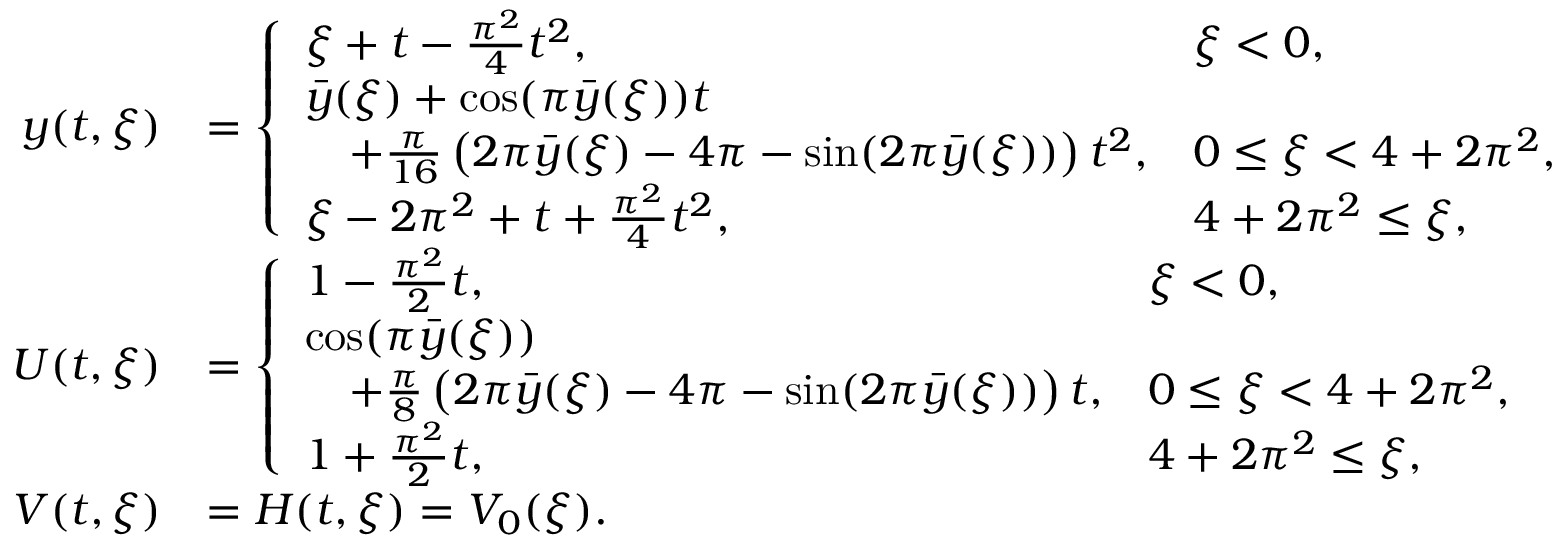
\begin{array} { r l } { y ( t , \xi ) } & { = \left\{ \begin{array} { l l } { \xi + t - \frac { \pi ^ { 2 } } { 4 } t ^ { 2 } , } & { \xi < 0 , } \\ { \bar { y } ( \xi ) + \cos ( \pi \bar { y } ( \xi ) ) t } \\ { \quad + \frac { \pi } { 1 6 } \left( 2 \pi \bar { y } ( \xi ) - 4 \pi - \sin ( 2 \pi \bar { y } ( \xi ) ) \right) t ^ { 2 } , } & { 0 \leq \xi < 4 + 2 \pi ^ { 2 } , } \\ { \xi - 2 \pi ^ { 2 } + t + \frac { \pi ^ { 2 } } { 4 } t ^ { 2 } , } & { 4 + 2 \pi ^ { 2 } \leq \xi , } \end{array} \right. } \\ { U ( t , \xi ) } & { = \left\{ \begin{array} { l l } { 1 - \frac { \pi ^ { 2 } } { 2 } t , } & { \xi < 0 , } \\ { \cos ( \pi \bar { y } ( \xi ) ) } \\ { \quad + \frac { \pi } { 8 } \left( 2 \pi \bar { y } ( \xi ) - 4 \pi - \sin ( 2 \pi \bar { y } ( \xi ) ) \right) t , } & { 0 \leq \xi < 4 + 2 \pi ^ { 2 } , } \\ { 1 + \frac { \pi ^ { 2 } } { 2 } t , } & { 4 + 2 \pi ^ { 2 } \leq \xi , } \end{array} \right. } \\ { V ( t , \xi ) } & { = H ( t , \xi ) = V _ { 0 } ( \xi ) . } \end{array}